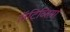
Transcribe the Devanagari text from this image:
लॅटिव्हिया